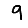
Digit: 9